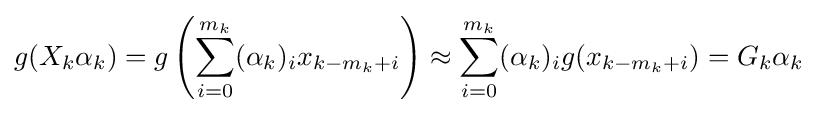
g(X_{k}\alpha _{k})=g\left(\sum _{i=0}^{m_{k}}(\alpha _{k})_{i}x_{k-m_{k}+i}\right)\approx \sum _{i=0}^{m_{k}}(\alpha _{k})_{i}g(x_{k-m_{k}+i})=G_{k}\alpha _{k}